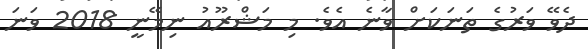
ދެވޭ ވަރުގެ ތަނަކަށް ވާނެ އެވެ. މި މަޝްރޫއު ނިމޭނީ 2018 ވަނަ